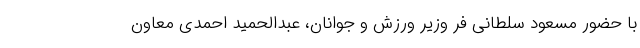
با حضور مسعود سلطانی فر وزیر ورزش و جوانان، عبدالحمید احمدی معاون